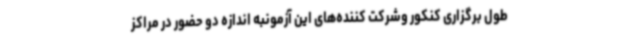
طول برگزاری کنکور وشرکت کننده‌های این آزمونبه اندازه دو حضور در مراکز